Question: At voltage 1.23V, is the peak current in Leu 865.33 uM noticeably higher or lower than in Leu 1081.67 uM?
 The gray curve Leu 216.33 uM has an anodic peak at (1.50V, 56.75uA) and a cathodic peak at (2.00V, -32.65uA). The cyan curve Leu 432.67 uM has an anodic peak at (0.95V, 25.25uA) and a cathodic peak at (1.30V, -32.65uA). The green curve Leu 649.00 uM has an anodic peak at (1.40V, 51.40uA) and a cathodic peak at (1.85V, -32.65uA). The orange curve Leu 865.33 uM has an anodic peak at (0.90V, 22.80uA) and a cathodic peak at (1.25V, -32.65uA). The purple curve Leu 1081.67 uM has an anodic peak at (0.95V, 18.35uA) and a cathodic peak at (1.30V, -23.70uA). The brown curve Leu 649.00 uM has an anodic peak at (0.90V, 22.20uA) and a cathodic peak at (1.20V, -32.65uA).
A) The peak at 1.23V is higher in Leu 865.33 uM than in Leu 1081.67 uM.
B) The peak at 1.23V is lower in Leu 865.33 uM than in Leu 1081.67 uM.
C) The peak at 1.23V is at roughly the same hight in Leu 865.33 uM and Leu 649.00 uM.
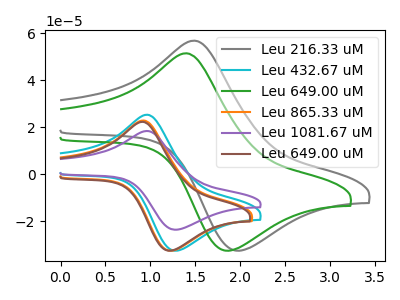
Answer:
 <answer>A) The peak at 1.23V is higher in "Leu 865.33 uM" than in "Leu 1081.67 uM".</answer>
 <eval>A</eval>